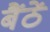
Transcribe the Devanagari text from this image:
बैंठें